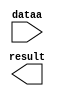
module lpm_add_sub_invis (
	dataa,
	result);

	input	[15:0]  dataa;
	output	[15:0]  result;

endmodule